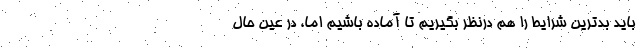
باید بدترین شرایط را هم درنظر بگیریم تا آماده باشیم اما، در عین حال